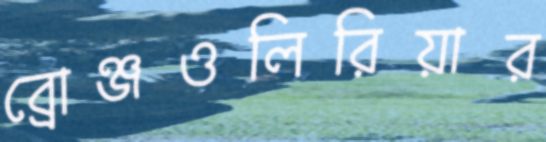
ব্রোঞ্জওলিরিয়ার